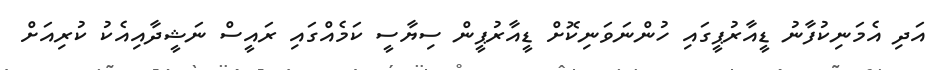
އަދި އެމަނިކުފާނު ޑީއާރުޕީގައި ހުންނަވަނިކޮށް ޑީއާރުޕީން ސިޔާސީ ކަމެއްގައި ރައީސް ނަޝީދާއިއެކު ކުރިއަށް